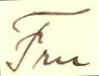
Fru